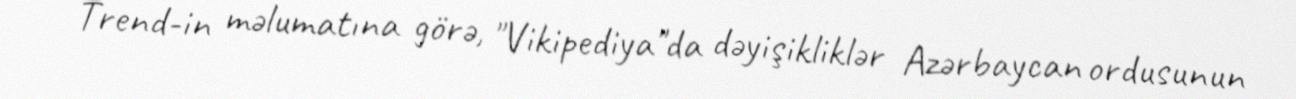
Trend-in məlumatına görə, "Vikipediya"da dəyişikliklər Azərbaycan ordusunun